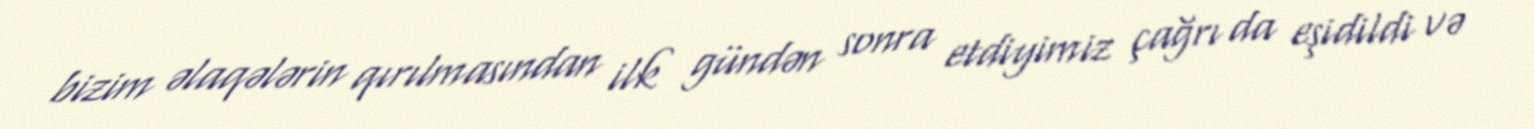
bizim əlaqələrin qırılmasından ilk gündən sonra etdiyimiz çağrı da eşidildi və